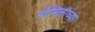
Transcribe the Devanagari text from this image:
फॅमिलीच्या